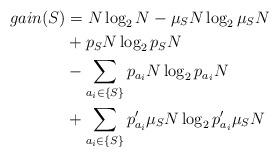
LaTeX: \begin{align*} gain(S) &= N \log_2 N - \mu_S N \log_2 \mu_S N \\ &+ p_S N \log_2 p_S N\\&-\sum_{a_i \in \{S\}} p_{a_i}N \log_2 p_{a_i}N\\&+ \sum_{a_i \in \{S\}} p'_{a_i}\mu_S N \log_2 p'_{a_i}\mu_S N\end{align*}